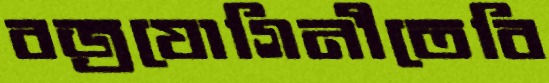
বজ্রযোগিনীতেবি